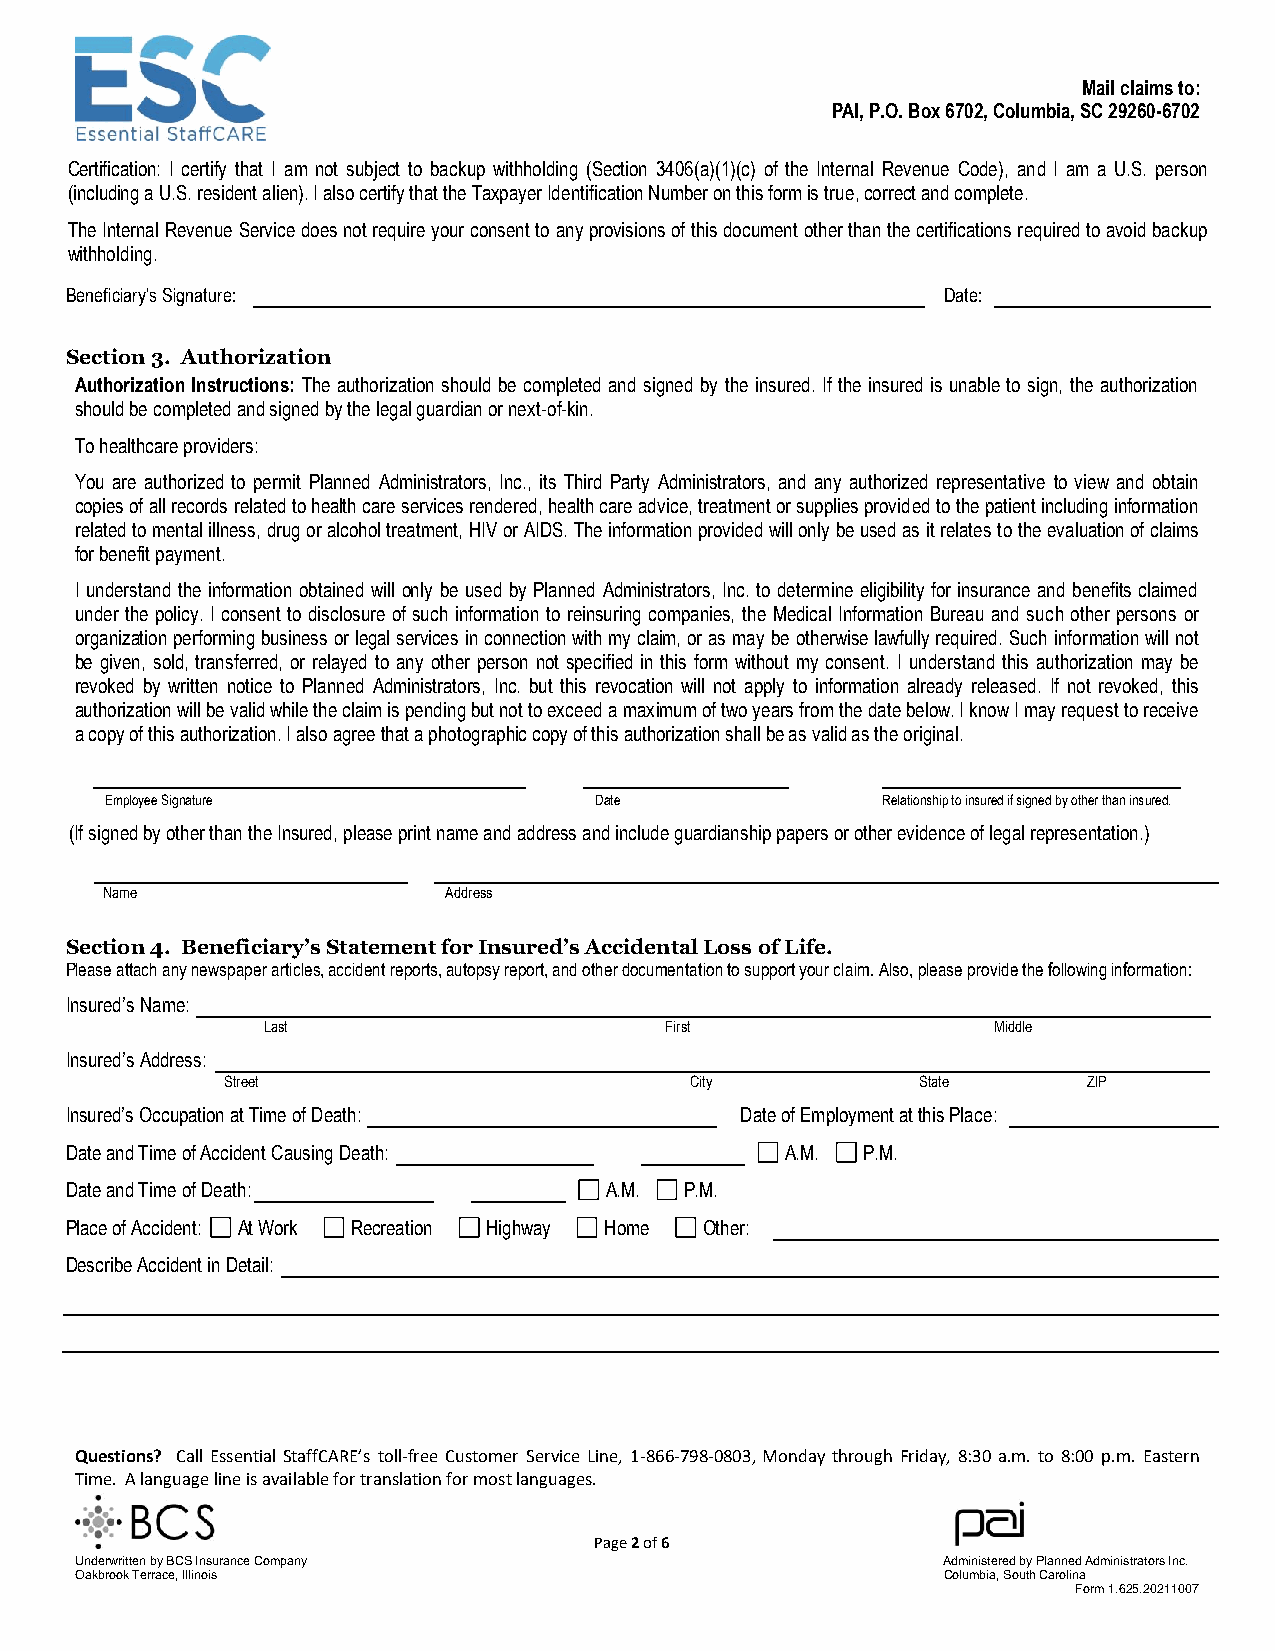
Mail claims to:
 PAI, P.O. Box 6702, Columbia, SC 29260-6702
 Certification: I certify that I am not subject to backup withholding (Section 3406(a)(1)(c) of the Internal Revenue Code), and I am a U.S. person
 (including a U.S. resident alien). I also certify that the Taxpayer Identification Number on this form is true, correct and complete.
 The Internal Revenue Service does not require your consent to any provisions of this document other than the certifications required to avoid backup
 withholding.
 Beneficiary’s Signature:                                  Date:
 Section 3. Authorization
 Authorization Instructions: The authorization should be completed and signed by the insured. If the insured is unable to sign, the authorization
 should be completed and signed by the legal guardian or next-of-kin.
 To healthcare providers:
 You are authorized to permit Planned Administrators, Inc., its Third Party Administrators, and any authorized representative to view and obtain
 copies of all records related to health care services rendered, health care advice, treatment or supplies provided to the patient including information
 related to mental illness, drug or alcohol treatment, HIV or AIDS. The information provided will only be used as it relates to the evaluation of claims
 for benefit payment.
 I understand the information obtained will only be used by Planned Administrators, Inc. to determine eligibility for insurance and benefits claimed
 under the policy. I consent to disclosure of such information to reinsuring companies, the Medical Information Bureau and such other persons or
 organization performing business or legal services in connection with my claim, or as may be otherwise lawfully required. Such information will not
 be given, sold, transferred, or relayed to any other person not specified in this form without my consent. I understand this authorization may be
 revoked by written notice to Planned Administrators, Inc. but this revocation will not apply to information already released. If not revoked, this
 authorization will be valid while the claim is pending but not to exceed a maximum of two years from the date below. I know I may request to receive
 a copy of this authorization. I also agree that a photographic copy of this authorization shall be as valid as the original.
 Employee Signature              Date               Relationship to insured if signed by other than insured.
 (If signed by other than the Insured, please print name and address and include guardianship papers or other evidence of legal representation.)
 Name                  Address
 Section 4. Beneficiary’s Statement for Insured’s Accidental Loss of Life.
 Please attach any newspaper articles, accident reports, autopsy report, and other documentation to support your claim. Also, please provide the following information:
 Insured’s Name:
 Last                       First                 Middle
 Insured’s Address:
 Street                         City           State      ZIP
 Insured’s Occupation at Time of Death:       Date of Employment at this Place:
 Date and Time of Accident Causing Death:        A.M. P.M.
 Date and Time of Death:             A.M. P.M.
 Place of Accident: At Work Recreation Highway Home Other:
 Describe Accident in Detail:
 Questions? Call Essential StaffCARE’s toll-free Customer Service Line, 1-866-798-0803, Monday through Friday, 8:30 a.m. to 8:00 p.m. Eastern
 Time. A language line is available for translation for most languages.
 Page 2 of 6
 Underwritten by BCS Insurance Company                    Administered by Planned Administrators Inc.
 Oakbrook Terrace, Illinois                               Columbia, South Carolina
 Form 1.625.20211007